Leaving Certificate Examination, 1918
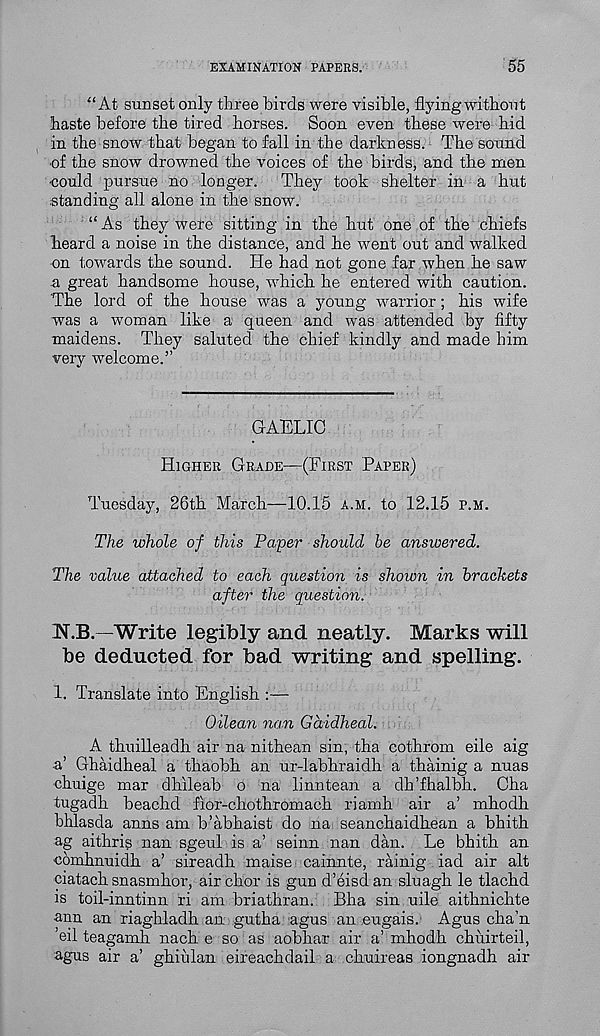
EXAMINATION PAPERS.
55
“At sunset only three birds were visible, flying without
haste before the tired horses. Soon, even these were hid
in the snow that began to fall in the darkness. The sound
of the snow drowned the voices of the birds, and the men
•could pursue no longer. They took shelter in a hut
.standing all alone in the snow.
“ As they were sitting in the hut one of the chiefs
heard a noise in the distance, and he went out and walked
on towards the sound. He had not gone far when he saw
a great handsome house, which he entered with caution.
The lord of the house was a young warrior; his wife
was a woman like a queen and was attended by fifty
maidens. They saluted the chief kindly and made him
very welcome.”
GAELIC
Higher Grade—(First Paper)
Tuesday, 26th March—10.15 a.m. to 12.15 p.m.
The whole of this Paper should be answered.
The value attached to each question is shown in brackets
after the question.
N.B. -Write legibly and neatly. Marks will
be deducted for bad writing and spelling.
1. Translate into English :—
Oilean nan Gdidheal.
A thuilleadh air na nithean sin, tha cothrom eile aig
a’ Ghaidheal a thaobh an ur-labhraidh a thainig a nuas
chuige mar dhileab o na linntean a dh’fhalbh. Cha
tugadh beachd flor-chothromach riamh air a’ mhodh
bhlasda anns am b’abhaist do na seanchaidhean a bhith
ag aithris nan sgeul is a’ seinn nan dan. Le bhith an
comhnuidh a’ sireadh maise cainnte, rainig iad air alt
ciatach snasmhor, airchor is gun d’eisdan sluagh le tlachd
is toil-inntinn ri am briathran. Bha sin uile aithnichte
ann an riaghladh an gutha agus an eugais. Agus cha’n
’eil teagamh nach e so as aobhar air a’ mhodh ehuirteil,
agus air a’ ghiiilan eireachdail a chuireas iongnadh air